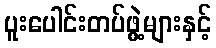
ပူးပေါင်းတပ်ဖွဲ့များနှင့်